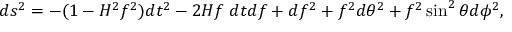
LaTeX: d s ^ { 2 } = - ( 1 - H ^ { 2 } f ^ { 2 } ) d t ^ { 2 } - 2 H f \; d t d f + d f ^ { 2 } + f ^ { 2 } d \theta ^ { 2 } + f ^ { 2 } \sin ^ { 2 } \theta d \phi ^ { 2 } ,